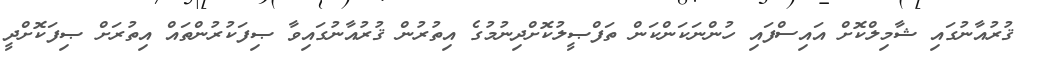
ޤުރުއާނުގައި ޝާމިލްކޮށް އައިސްފައި ހުންނަކަންކަން ތަފްޞީލުކޮށްދިނުމުގެ އިތުރުން ޤުރުއާނުގައިވާ ޞިފަކުރުންތައް އިތުރަށް ޞިފަކޮށްދީ